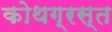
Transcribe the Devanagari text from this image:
कोथग्रस्त